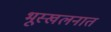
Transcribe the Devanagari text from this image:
भूस्खलनात